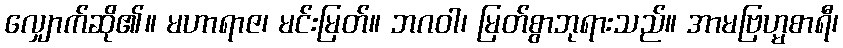
လျှောက်ဆို၏။ မဟာရာဇ၊ မင်းမြတ်။ ဘဂဝါ၊ မြတ်စွာဘုရားသည်။ အာမဗြဟ္မစာရီ၊